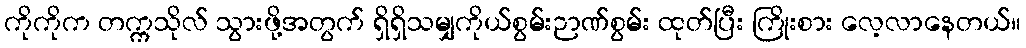
ကိုကိုက တက္ကသိုလ် သွားဖို့အတွက် ရှိရှိသမျှကိုယ်စွမ်းဉာဏ်စွမ်း ထုတ်ပြီး ကြိုးစား လေ့လာနေတယ်။